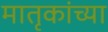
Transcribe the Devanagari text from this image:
मातृकांच्या